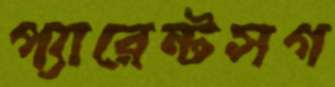
প্যারেন্টসগ